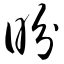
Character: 盼